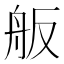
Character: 舨